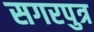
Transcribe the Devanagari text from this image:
सगरपुत्र